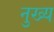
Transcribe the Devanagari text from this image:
नुख्य